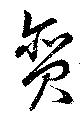
貪